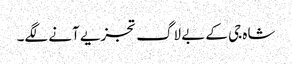
شاہ جی کے بے لاگ تجزیے آنے لگے۔